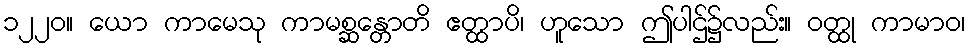
၁၂၂၀။ ယော ကာမေသု ကာမစ္ဆန္တောတိ ဧတ္ထာပိ၊ ဟူသော ဤပါဌ်၌လည်း။ ဝတ္ထု ကာမာဝ၊